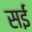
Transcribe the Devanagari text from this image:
सईं